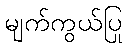
မျက်ကွယ်ပြု